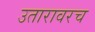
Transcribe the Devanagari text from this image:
उतारावरच